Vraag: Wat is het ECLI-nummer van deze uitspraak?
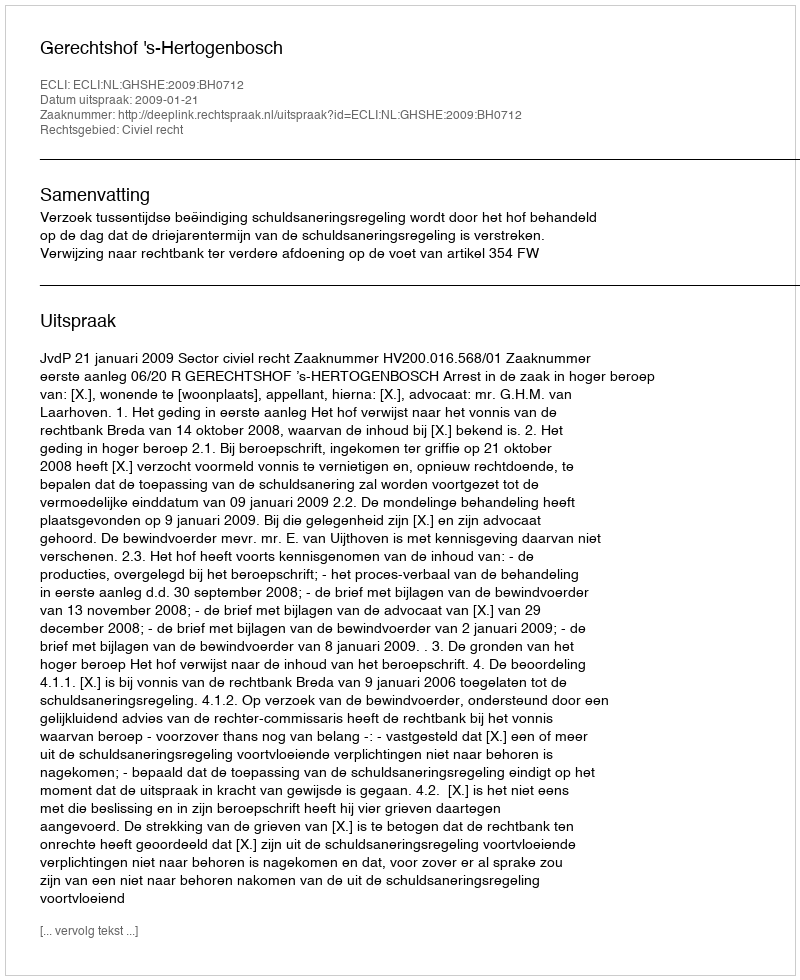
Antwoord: ECLI:NL:GHSHE:2009:BH0712